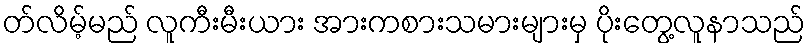
တ်လိမ့်မည် လူကီးမီးယား အားကစားသမားများမှ ပိုးတွေ့လူနာသည်